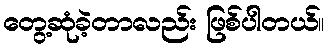
တွေ့ဆုံခဲ့တာလည်း ဖြစ်ပါတယ်။